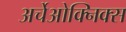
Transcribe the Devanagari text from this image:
अर्चेओक्निक्स